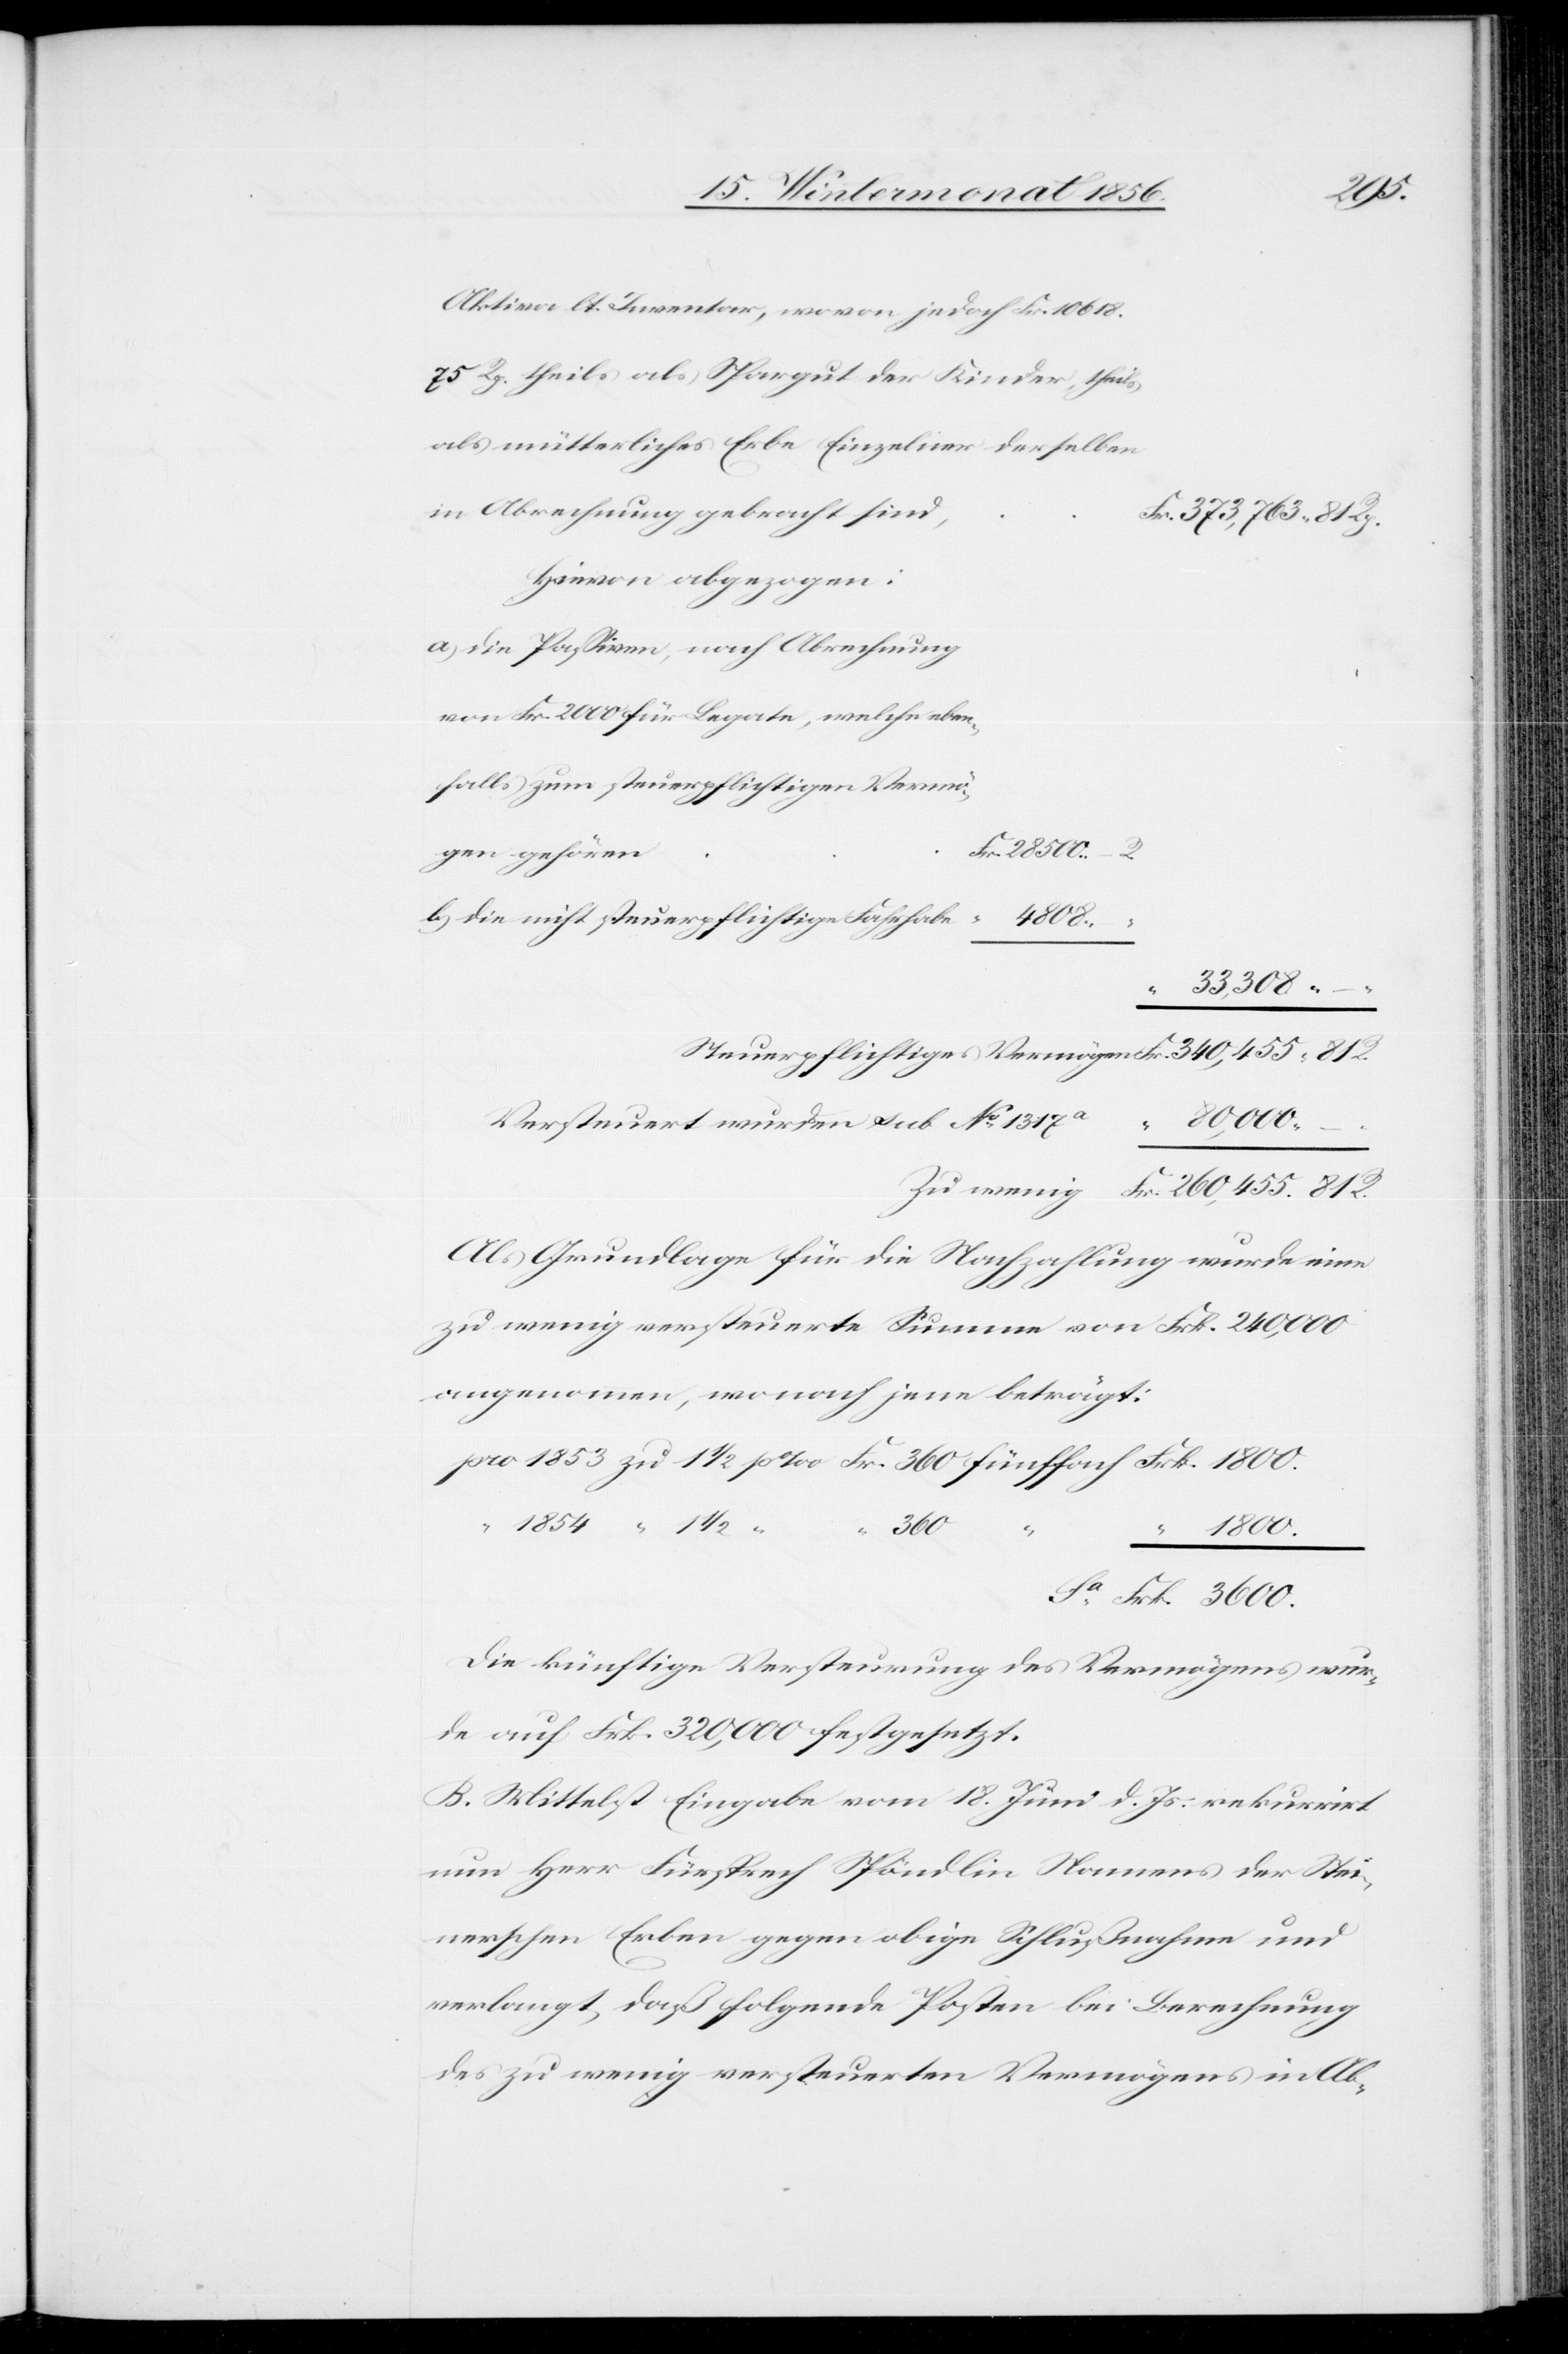
3600.
Aktiva lt. Inventar, wovon jedoch Fr. 10 618.
75 Rp. theils als Spargut der Kinder, theils
als mütterliches Erbe Einzelner derselben
in Abrechnung gebracht sind,
Hievon abgezogen:
a) die Passiven, nach Abrechnung
von Fr. 2000 für Legate, welche eben¬
falls zum steuerpflichtigen Vermö¬
gen gehören
b) die nicht steuerpflichtige Fahrhabe
Versteuert wurden sub No 1317a
Als Grundlage für die Nachzahlung wurde eine
zu wenig versteuerte Summe von Frk. 240,000
angenommen, wonach jene beträgt:
360
“
Die künftige Versteurung des Vermögens wur¬
de auf Frk. 320,000 festgesetzt.
B. Mittelst Eingabe vom 18. Juni d. Js. rekurrirt
nun Herr Fürsprech Spöndlin Namens der Stei¬
nerschen Erben gegen obige Schlußnahme und
verlangt, daß folgende Posten bei Berechnung
des zu wenig versteuerten Vermögens in Ab-